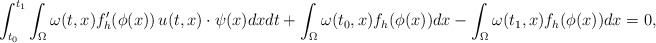
\begin{align*}\int_{t_0}^{t_1} \int_{\Omega} \omega(t,x) f_h'(\phi(x))\, u(t,x)\cdot \psi(x) dxdt +\int_{\Omega} \omega(t_0,x) f_h(\phi(x)) dx - \int_{\Omega} \omega(t_1,x) f_h(\phi(x)) dx =0,\end{align*}